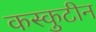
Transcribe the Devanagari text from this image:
कस्कुटीन